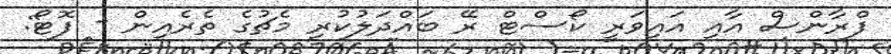
ފްރާންސް އާއި އައިވަރީ ކޯސްޓް ރޭ ބައްދަލުކުރި މެޗުގެ ތެރެއިން - ފޮޓޯ: